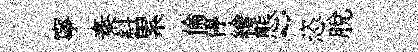
寧秦斜累倫停繪態~恣脫